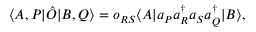
\langle A , P | \hat { O } | B , Q \rangle = o _ { R S } \langle A | a _ { P } a _ { R } ^ { \dagger } a _ { S } a _ { Q } ^ { \dagger } | B \rangle ,